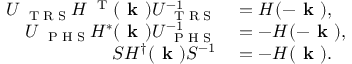
\begin{array} { r l } { U _ { \mathrm { ~ \tiny ~ T ~ R ~ S ~ } } H ^ { \mathrm { ~ \tiny ~ T ~ } } ( \textbf { k } ) U _ { \mathrm { ~ \tiny ~ T ~ R ~ S ~ } } ^ { - 1 } } & { { } = H ( - \textbf { k } ) , } \\ { U _ { \mathrm { ~ \tiny ~ P ~ H ~ S ~ } } H ^ { * } ( \textbf { k } ) U _ { \mathrm { ~ \tiny ~ P ~ H ~ S ~ } } ^ { - 1 } } & { { } = - H ( - \textbf { k } ) , } \\ { S H ^ { \dag } ( \textbf { k } ) S ^ { - 1 } } & { { } = - H ( \textbf { k } ) . } \end{array}